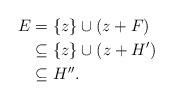
LaTeX: \begin{align*}E &= \{z\} \cup (z + F)\\& \subseteq \{z\} \cup (z+H') \\& \subseteq H''.\end{align*}